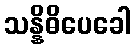
သန္နိဓိပေခေါ